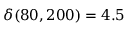
\delta ( 8 0 , 2 0 0 ) = 4 . 5 \